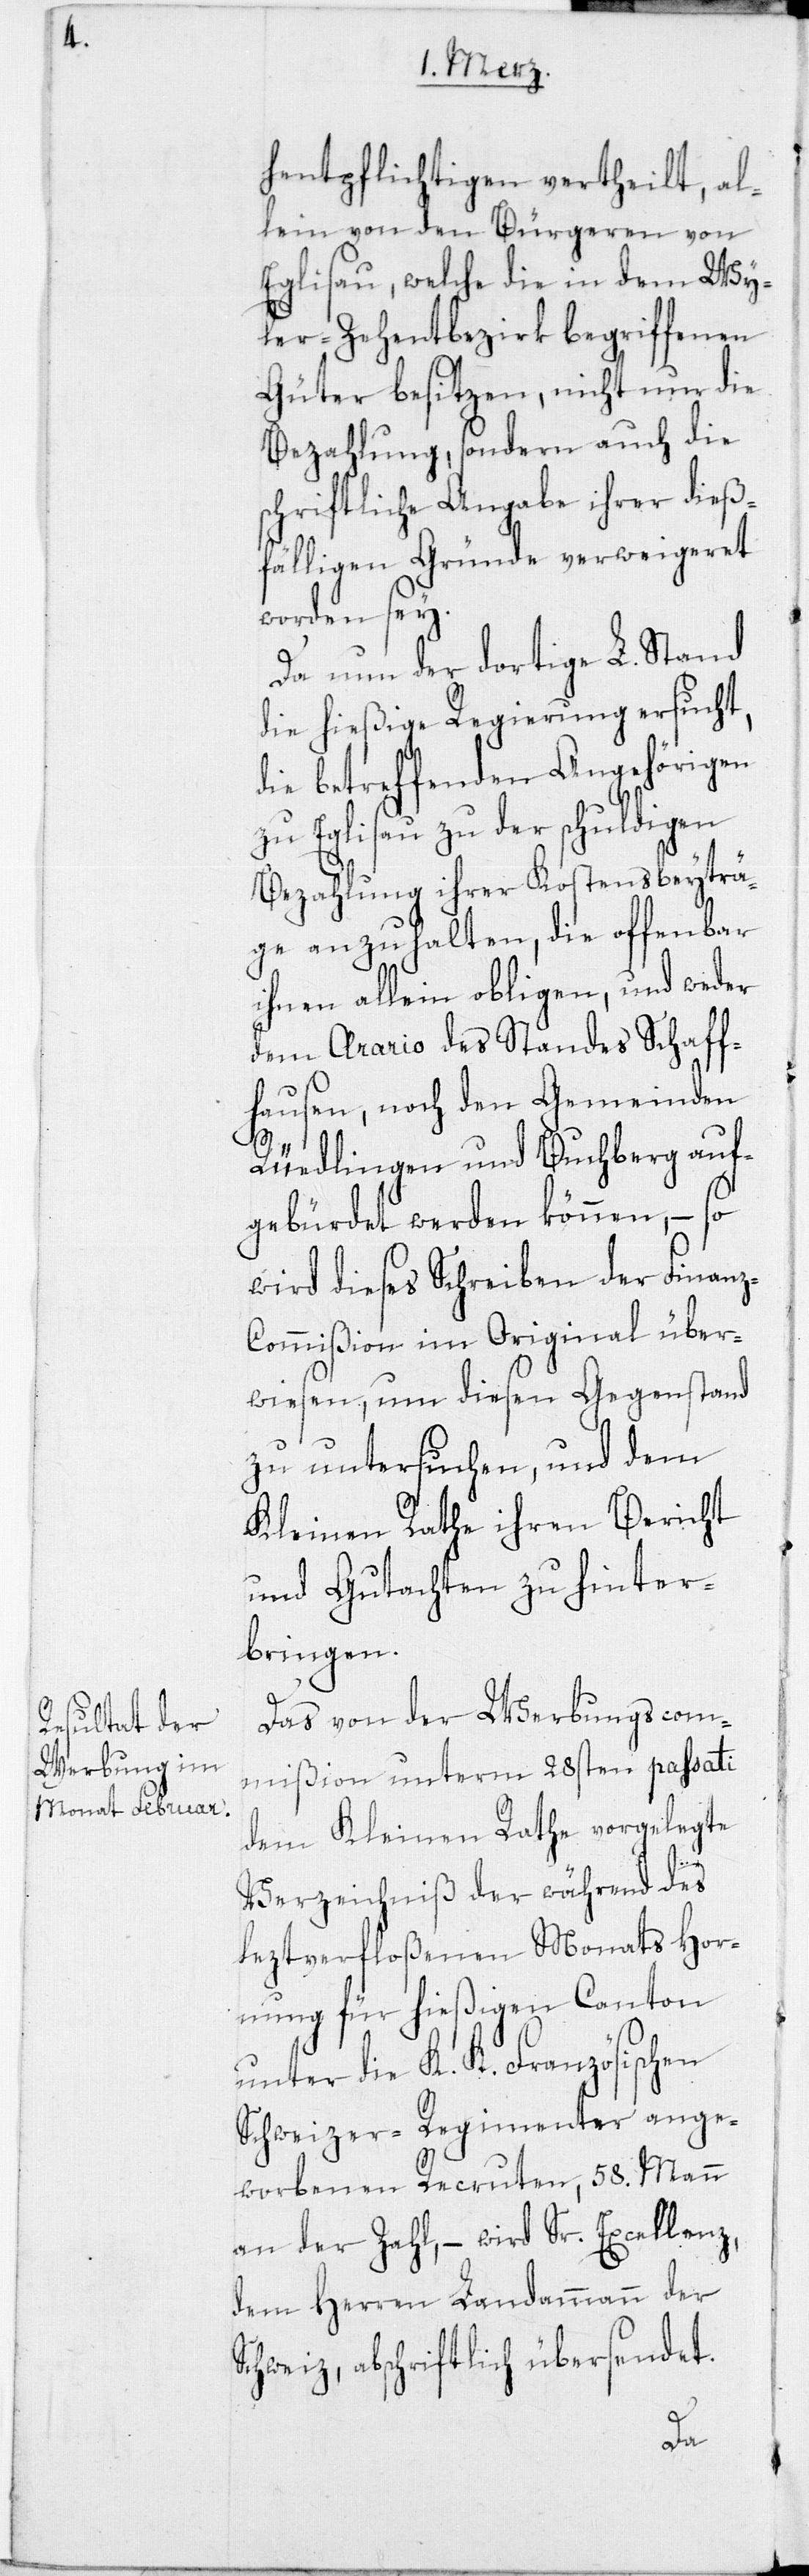
hentpflichtigen vertheilt, al¬
lein von den Bürgeren von
Eglisau, welche die in dem Wy¬
ler-Zehentbezirk begriffenen
Güter besitzen, nicht nur die
Bezahlung, sondern auch die
schriftliche Angabe ihrer dieß¬
fälligen Gründe verweigeret
worden sey.
Da nun der dortige L. Stand
die hießige Regierung ersucht,
die betreffenden Angehörigen
zu Eglisau zu der schuldigen
Bezahlung ihrer Kostensbeyträ¬
ge anzuhalten, die offenbar
ihnen allein obligen, und weder
dem Aerario des Standes Schaff¬
hausen, noch den Gemeinden
Rüedlingen und Buchberg auf¬
gebürdet werden können, – so
wird dieses Schreiben der Finan¬
z-Commißion im Original über¬
wiesen, um diesen Gegenstand
zu untersuchen, und dem
Kleinen Rathe ihren Bericht
und Gutachten zu hinter¬
bringen.
Das von der Werbungscom¬
mißion unterm 28sten passati
dem Kleinen Rathhe vorgelegte
Verzeichniß der während des
leztverfloßenen Monats Hor¬
nung für hießigen Canton
unter die K. K. Französischen
Schweizer-Regimenter ange¬
worbenen Recruten, 58. Mann
an der Zahl, – wird Sr. Excellenz,
dem Herren Landammann der
Schweiz, abschriftlich übersendet.